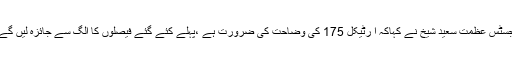
جسٹس عظمت سعید شیخ نے کہاکہ آ رٹیکل 175 کی وضاحت کی ضرورت ہے ،پہلے کئے گئے فیصلوں کا الگ سے جائزہ لیں گے۔